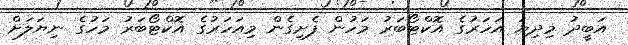
އަބީދު މިދިޔަ އަހަރުގެ އޮކްޓޯބަރު މަހުން ފެށިގެން މިއަހަރުގެ އޮކްޓޯބަރު މަހުގެ ނިޔަލަށް